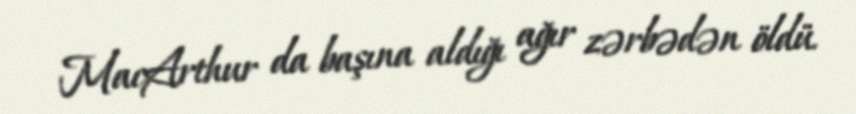
MacArthur da başına aldığı ağır zərbədən öldü.